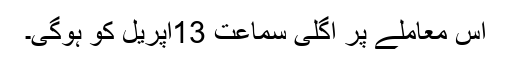
اس معاملے پر اگلی سماعت 13اپریل کو ہوگی۔